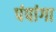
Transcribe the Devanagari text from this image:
पंपांगा